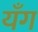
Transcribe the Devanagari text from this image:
यँग